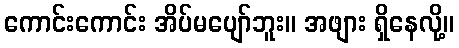
ကောင်းကောင်း အိပ်မပျော်ဘူး။ အဖျား ရှိနေလို့။